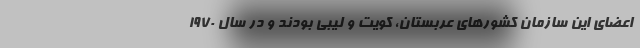
اعضای این سازمان کشورهای عربستان، کویت و لیبی بودند و در سال ۱۹۷۰